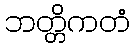
ဘတ္တိကတံ